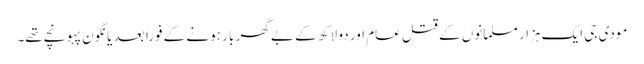
مودی جی ایک ہزار مسلمانوں کے قتل عام اور دو لاکھ کے بے گھر بار ہونے کے فوراً بعد یانگون پہونچے تھے۔